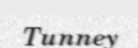
Tunney